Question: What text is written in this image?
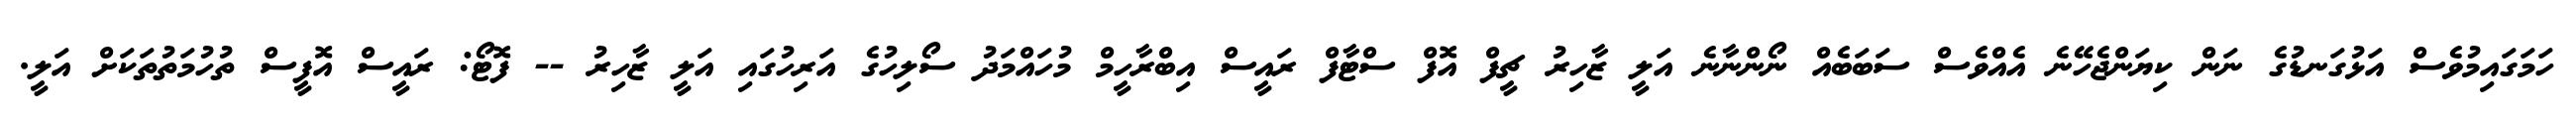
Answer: ހަމަގައިމުވެސް އަޅުގަނޑުގެ ނަން ކިޔަންޖެހޭނެ އެއްވެސް ސަބަބެއް ނޯންނާނެ އަލީ ޒާހިރު ޗީފް އޮފް ސްޓާފް ރައީސް އިބްރާހީމް މުހައްމަދު ސޯލިހުގެ އަރިހުގައި އަލީ ޒާހިރު -- ފޮޓޯ: ރައީސް އޮފީސް ތުހުމަތުތަކަށް އަލީ.